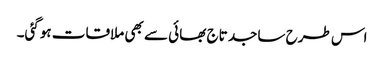
اس طرح ساجد تاج بھائی سے بھی ملاقات ہوگئی۔